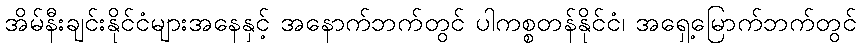
အိမ်နီးချင်းနိုင်ငံများအနေနှင့် အနောက်ဘက်တွင် ပါကစ္စတန်နိုင်ငံ၊ အရှေ့မြောက်ဘက်တွင်